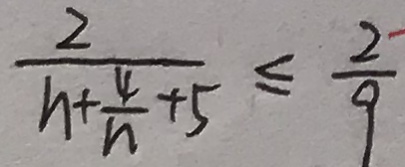
\frac { 2 } { n + \frac { 4 } { n } + 5 } \leq \frac { 2 } { 9 }